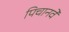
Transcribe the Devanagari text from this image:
पिचानवे